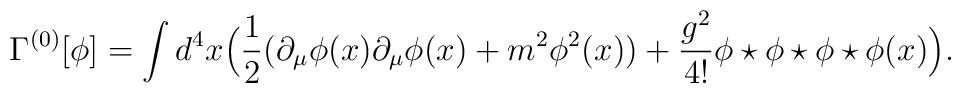
\Gamma^{(0)}[\phi] = \int d^4x\Big(\frac12\big(\partial_\mu\phi(x) \partial_\mu\phi(x) + m^2\phi^2(x)\big) + \frac{g^2}{4!}\phi\star\phi\star\phi\star\phi(x)\Big).